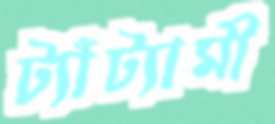
ট্যাঁট্যামী